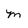
Character: m